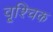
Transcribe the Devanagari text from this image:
वृ्श्चिक